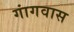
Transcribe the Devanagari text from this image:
गांगवास